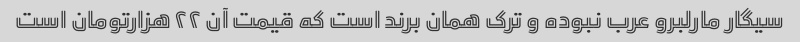
سیگار مارلبرو عرب نبوده و ترک همان برند است که قیمت آن ۲۲ هزارتومان است